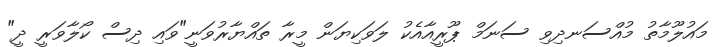
މައުލޫމާތު މުއްސަނދިވި ސަނަމް ޕޫރީއާއެކު ލަވަކިޔަން މީރާ ތައްޔާރުވަނީ"ވައި ދިސް ކޯލާވަރީ ދީ"